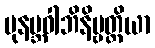
ပုနဗ္ဘဝါဘိနိဗ္ဗတ္တိယာ